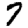
Digit: 7